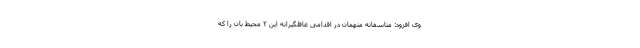
وی افزود: متاسفانه متهمان در اقدامی غافلگیرانه این ۲ محیط بان را که